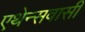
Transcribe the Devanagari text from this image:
एथेन्सवासी